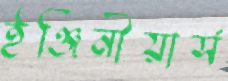
ইঞ্জিনীয়ার্স